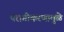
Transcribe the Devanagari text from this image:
परागीकरणामुळे